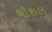
મૌશલ